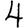
Digit: 4